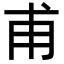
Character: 甫